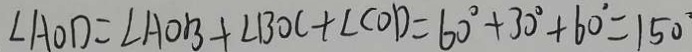
\angle A O D = \angle A O B + \angle B O C + \angle C O D = 6 0 ^ { \circ } + 3 0 ^ { \circ } + 6 0 ^ { \circ } = 1 5 0 ^ { \circ }